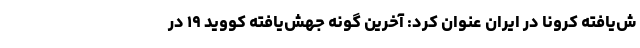
ش‌یافته کرونا در ایران عنوان کرد: آخرین گونه جهش‌یافته کووید ۱۹ در